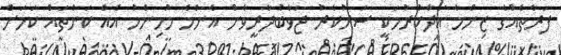
ފަރާތެއްގެ ޒިންމާ އަދާކުރުމަކީ ސަރުކާރު ޖަވާބުދާރީވާން އެންމެ މުހިންމު އެއް ކަންތައް ކަމަށް